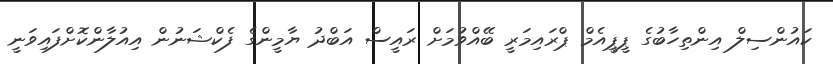
ކައުންސިލް އިންތިހާބުގެ ޕީޕީއެމް ޕްރައިމަރީ ބޭއްވުމަށް ރައީސް އަބްދު ޔާމީންގެ ފެކްޝަނުން އިއުލާންކޮށްފައިވަނީ